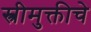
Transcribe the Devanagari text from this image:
स्त्रीमुक्तीचे